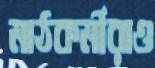
মাঠকর্মীরাও